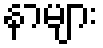
နာများ